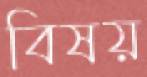
বিষয়